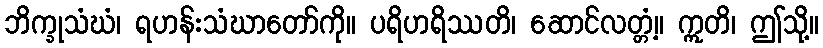
ဘိက္ခုသံဃံ၊ ရဟန်းသံဃာတော်ကို။ ပရိဟရိဿတိ၊ ဆောင်လတ္တံ့။ ဣတိ၊ ဤသို့။